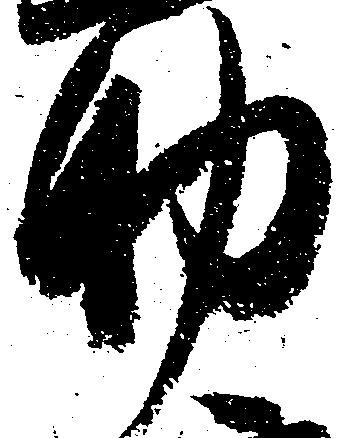
助